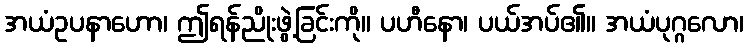
အယံဥပနာဟော၊ ဤရန်ညိုးဖွဲ့ခြင်းကို။ ပဟီနော၊ ပယ်အပ်၏။ အယံပုဂ္ဂလော၊